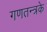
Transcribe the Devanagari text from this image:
गणतन्त्रके